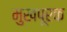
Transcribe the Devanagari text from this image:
मुखपूरक